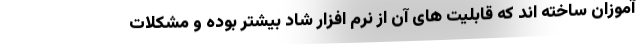
آموزان ساخته اند که قابلیت های آن از نرم افزار شاد بیشتر بوده و مشکلات